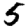
Digit: 5